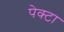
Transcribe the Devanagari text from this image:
पेक्टा